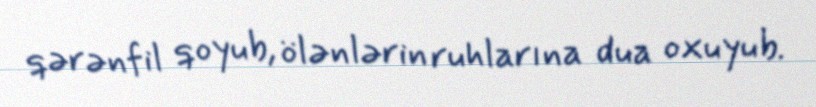
qərənfil qoyub, ölənlərin ruhlarına dua oxuyub.